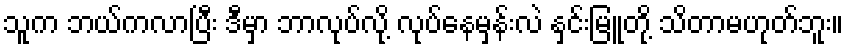
သူက ဘယ်ကလာပြီး ဒီမှာ ဘာလုပ်လို့ လုပ်နေမှန်းလဲ နှင်းမြူတို့ သိတာမဟုတ်ဘူး။